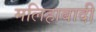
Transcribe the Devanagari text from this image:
मलिहाबादी